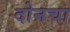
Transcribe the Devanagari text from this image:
दोनचा